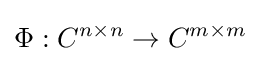
\Phi :C^{n\times n}\to C^{m\times m}